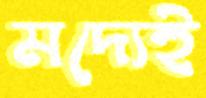
মদ্যেই